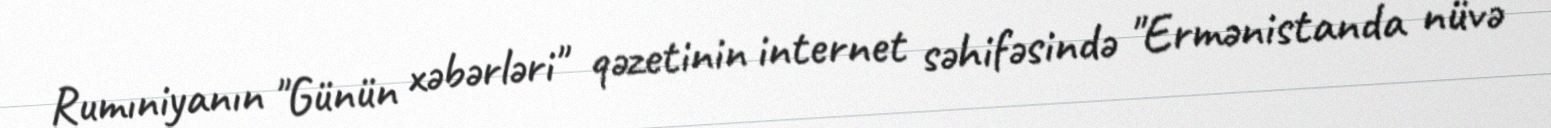
Rumıniyanın "Günün xəbərləri" qəzetinin internet səhifəsində "Ermənistanda nüvə